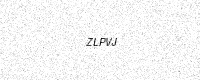
Text: ZLPVJ